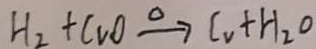
H _ { 2 } + C u O \xrightarrow { \Delta } C u + H _ { 2 } O